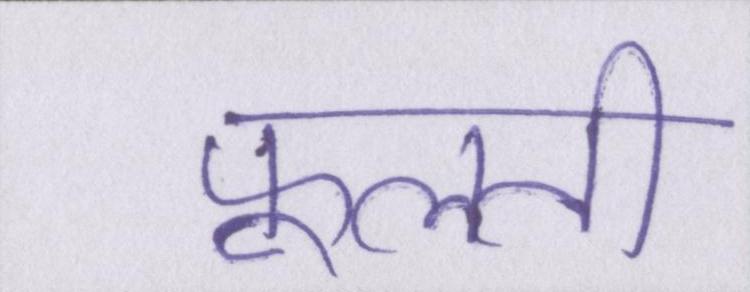
फूलती